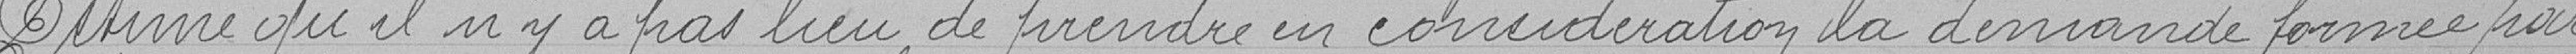
Estime qu'il n'y a pas lieu de prendre en considération la demande formée par